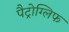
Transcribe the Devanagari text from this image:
पैट्रोग्लिफ